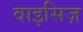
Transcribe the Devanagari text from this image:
वाइसिज़